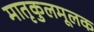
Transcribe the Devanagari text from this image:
मातृकुलमूलक